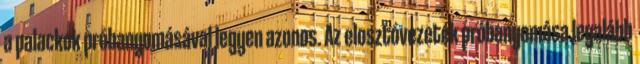
a palackok próbanyomásával legyen azonos. Az elosztóvezeték próbanyomása legalább